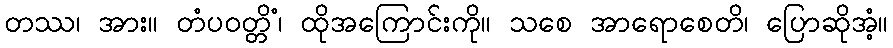
တဿ၊ အား။ တံပဝတ္တိံ၊ ထိုအကြောင်းကို။ သစေ အာရောစေတိ၊ ပြောဆိုအံ့။